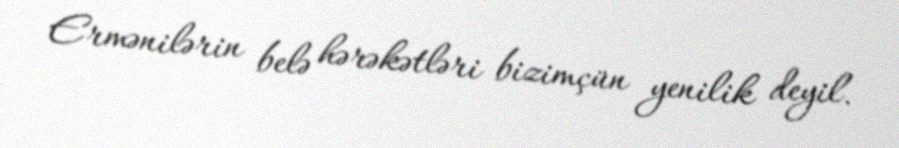
Ermənilərin belə hərəkətləri bizimçün yenilik deyil.